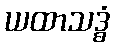
ယထာသဒ္ဓံ